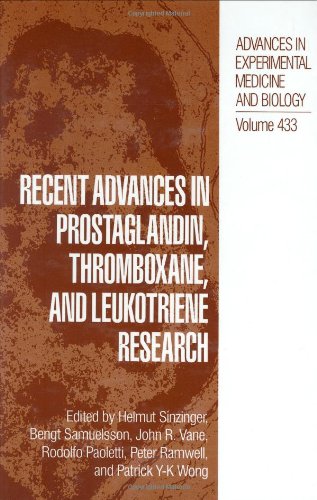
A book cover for Recent Advances in Prostaglandin, Thromboxane, and Leukotriene Research (Advances in Experimental Medicine and Biology); Medical Books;